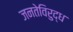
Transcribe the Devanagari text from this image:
जनतेविरुद्ध